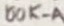
Text: 100K-A